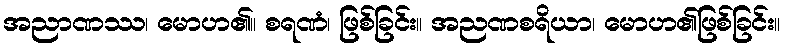
အညာဏဿ၊ မောဟ၏။ စရဏံ၊ ဖြစ်ခြင်း။ အညဏစရိယာ၊ မောဟ၏ဖြစ်ခြင်း။